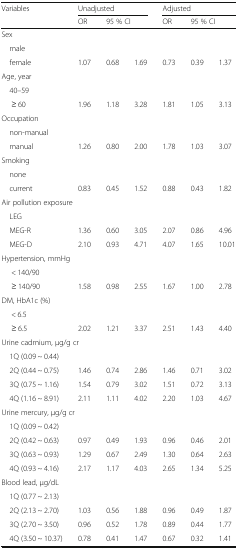
<table><thead><tr><td rowspan="2"><b>Variables</b></td><td colspan="3"><b>Unadjusted</b></td><td colspan="3"><b>Adjusted</b></td></tr><tr><td><b>OR</b></td><td colspan="2"><b>95 % CI</b></td><td><b>OR</b></td><td colspan="2"><b>95 % CI</b></td></tr></thead><tbody><tr><td colspan="7">Sex</td></tr><tr><td> male</td><td></td><td></td><td></td><td></td><td></td><td></td></tr><tr><td> female</td><td>1.07</td><td>0.68</td><td>1.69</td><td>0.73</td><td>0.39</td><td>1.37</td></tr><tr><td colspan="7">Age, year</td></tr><tr><td> 40–59</td><td></td><td></td><td></td><td></td><td></td><td></td></tr><tr><td>≥ 60</td><td>1.96</td><td>1.18</td><td>3.28</td><td>1.81</td><td>1.05</td><td>3.13</td></tr><tr><td colspan="7">Occupation</td></tr><tr><td> non-manual</td><td></td><td></td><td></td><td></td><td></td><td></td></tr><tr><td> manual</td><td>1.26</td><td>0.80</td><td>2.00</td><td>1.78</td><td>1.03</td><td>3.07</td></tr><tr><td colspan="7">Smoking</td></tr><tr><td> none</td><td></td><td></td><td></td><td></td><td></td><td></td></tr><tr><td> current</td><td>0.83</td><td>0.45</td><td>1.52</td><td>0.88</td><td>0.43</td><td>1.82</td></tr><tr><td colspan="7">Air pollution exposure</td></tr><tr><td> LEG</td><td></td><td></td><td></td><td></td><td></td><td></td></tr><tr><td> MEG-R</td><td>1.36</td><td>0.60</td><td>3.05</td><td>2.07</td><td>0.86</td><td>4.96</td></tr><tr><td> MEG-D</td><td>2.10</td><td>0.93</td><td>4.71</td><td>4.07</td><td>1.65</td><td>10.01</td></tr><tr><td colspan="7">Hypertension, mmHg</td></tr><tr><td>&lt; 140/90</td><td></td><td></td><td></td><td></td><td></td><td></td></tr><tr><td>≥ 140/90</td><td>1.58</td><td>0.98</td><td>2.55</td><td>1.67</td><td>1.00</td><td>2.78</td></tr><tr><td colspan="7">DM, HbA1c (%)</td></tr><tr><td>&lt; 6.5</td><td></td><td></td><td></td><td></td><td></td><td></td></tr><tr><td>≥ 6.5</td><td>2.02</td><td>1.21</td><td>3.37</td><td>2.51</td><td>1.43</td><td>4.40</td></tr><tr><td colspan="7">Urine cadmium, μg/g cr</td></tr><tr><td> 1Q (0.09 ~ 0.44)</td><td></td><td></td><td></td><td></td><td></td><td></td></tr><tr><td> 2Q (0.44 ~ 0.75)</td><td>1.46</td><td>0.74</td><td>2.86</td><td>1.46</td><td>0.71</td><td>3.02</td></tr><tr><td> 3Q (0.75 ~ 1.16)</td><td>1.54</td><td>0.79</td><td>3.02</td><td>1.51</td><td>0.72</td><td>3.13</td></tr><tr><td> 4Q (1.16 ~ 8.91)</td><td>2.11</td><td>1.11</td><td>4.02</td><td>2.20</td><td>1.03</td><td>4.67</td></tr><tr><td colspan="7">Urine mercury, μg/g cr</td></tr><tr><td> 1Q (0.09 ~ 0.42)</td><td></td><td></td><td></td><td></td><td></td><td></td></tr><tr><td> 2Q (0.42 ~ 0.63)</td><td>0.97</td><td>0.49</td><td>1.93</td><td>0.96</td><td>0.46</td><td>2.01</td></tr><tr><td> 3Q (0.63 ~ 0.93)</td><td>1.29</td><td>0.67</td><td>2.49</td><td>1.30</td><td>0.64</td><td>2.63</td></tr><tr><td> 4Q (0.93 ~ 4.16)</td><td>2.17</td><td>1.17</td><td>4.03</td><td>2.65</td><td>1.34</td><td>5.25</td></tr><tr><td colspan="7">Blood lead, μg/dL</td></tr><tr><td> 1Q (0.77 ~ 2.13)</td><td></td><td></td><td></td><td></td><td></td><td></td></tr><tr><td> 2Q (2.13 ~ 2.70)</td><td>1.03</td><td>0.56</td><td>1.88</td><td>0.96</td><td>0.49</td><td>1.87</td></tr><tr><td> 3Q (2.70 ~ 3.50)</td><td>0.96</td><td>0.52</td><td>1.78</td><td>0.89</td><td>0.44</td><td>1.77</td></tr><tr><td> 4Q (3.50 ~ 10.37)</td><td>0.78</td><td>0.41</td><td>1.47</td><td>0.67</td><td>0.32</td><td>1.41</td></tr></tbody></table>